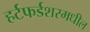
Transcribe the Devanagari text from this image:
हर्टफर्डशरमधील